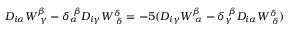
D _ { i \alpha } W _ { ~ \gamma } ^ { \beta } - \delta _ { \alpha } ^ { ~ \beta } D _ { i \gamma } W _ { ~ \delta } ^ { \delta } = - 5 ( D _ { i \gamma } W _ { ~ \alpha } ^ { \beta } - \delta _ { \gamma } ^ { ~ \beta } D _ { i \alpha } W _ { ~ \delta } ^ { \delta } )